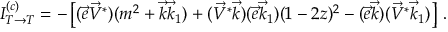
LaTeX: I _ { T \to T } ^ { ( c ) } = - \left[ ( \vec { e } \vec { V } ^ { * } ) ( m ^ { 2 } + \vec { k } \vec { k } _ { 1 } ) + ( \vec { V } ^ { * } \vec { k } ) ( \vec { e } \vec { k } _ { 1 } ) ( 1 - 2 z ) ^ { 2 } - ( \vec { e } \vec { k } ) ( \vec { V } ^ { * } \vec { k } _ { 1 } ) \right] \, .